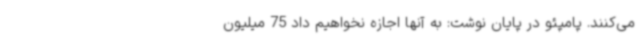
می‌کنند. پامپئو در پایان نوشت: به آنها اجازه نخواهیم داد 75 میلیون